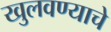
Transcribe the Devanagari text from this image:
खुलवण्याचे